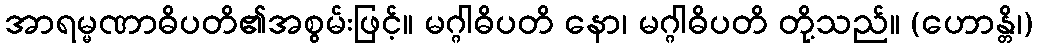
အာရမ္မဏာဓိပတိ၏အစွမ်းဖြင့်။ မဂ္ဂါဓိပတိ နော၊ မဂ္ဂါဓိပတိ တို့သည်။ (ဟောန္တိ၊)